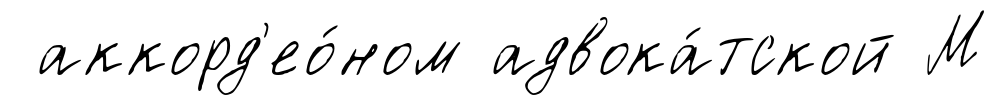
аккорд'ео́ном адвока́тской М